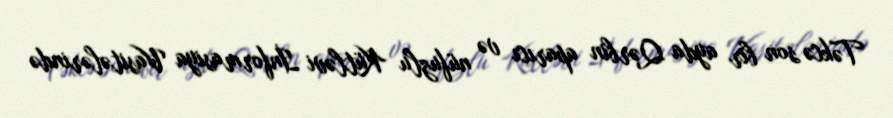
Təkcə son bir ayda Qərbin aparıcı və nüfuzlu Kütləvi İnformasiya Vasitələrində